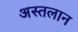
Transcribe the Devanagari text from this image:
अस्तलान